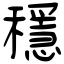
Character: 穩